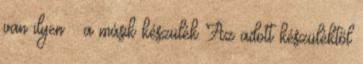
van ilyen – a másik készülék Az adott készüléktől